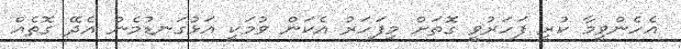
އެހެންވީމާ ކުރީ ފަހަރުވީ ގޮތަށް މިފަހަރު އެކަން ވުމަކީ އަޅުގަނޑުމެން އެދޭ ގޮތެއް